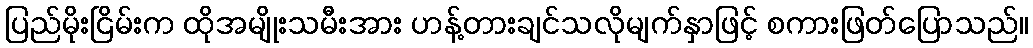
ပြည်မိုးငြိမ်းက ထိုအမျိုးသမီးအား ဟန့်တားချင်သလိုမျက်နှာဖြင့် စကားဖြတ်ပြောသည်။